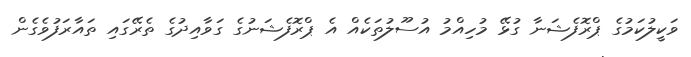
ވަކީލުކަމުގެ ޕްރޮފެޝަނާ ގުޅޭ މުހިއްމު އުސޫލުތަކެއް އެ ޕްރޮފެޝަނުގެ ގަވާއިދުގެ ތެރޭގައި ތައާރަފުވެގެން